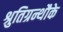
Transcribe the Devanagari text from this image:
श्रुतिग्रन्थौके